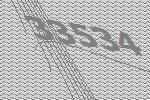
33534